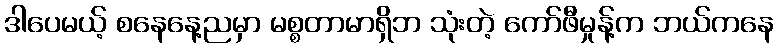
ဒါပေမယ့် စနေနေ့ညမှာ မစ္စတာမာရှိဘ သုံးတဲ့ ကော်ဖီမှုန့်က ဘယ်ကနေ